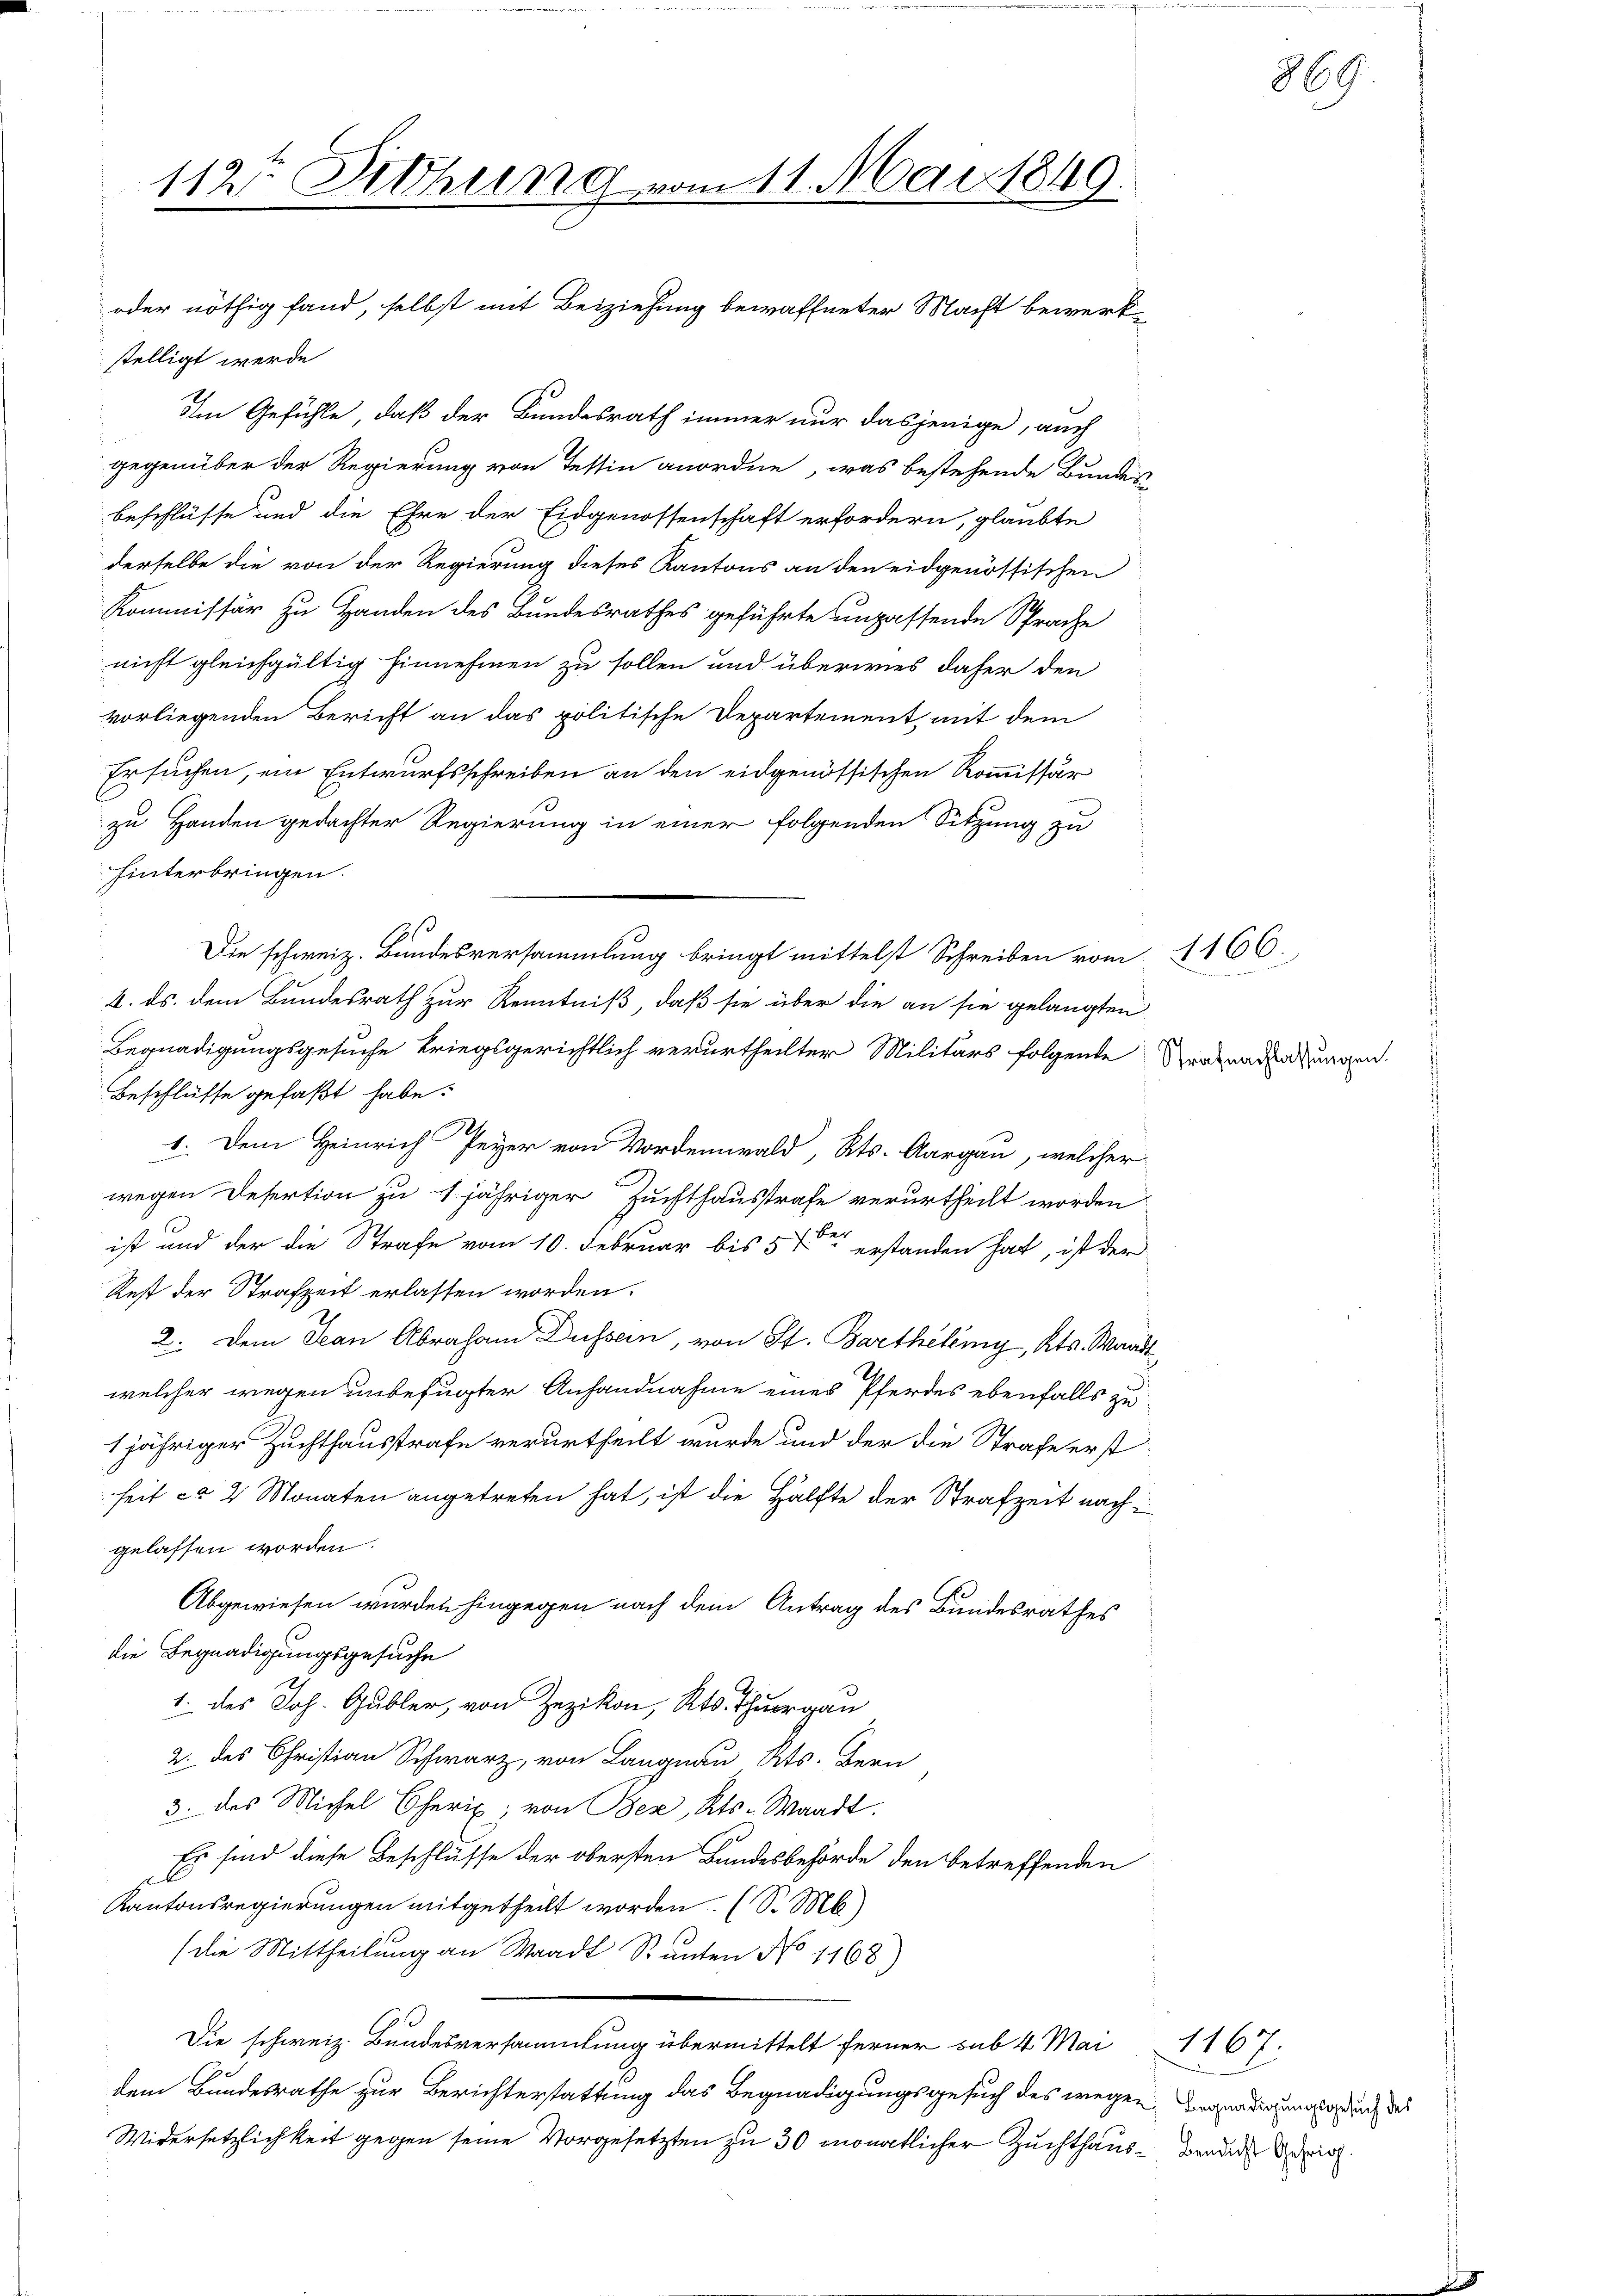
112. Sitzung vom 11. Mai 1849.
oder nöthig fand, selbst mit Beiziehung bewaffneter Macht bewerk-

stelligt werde
Im Gefühle, daß der Bundesrath immer nur dasjenige, auch
gegenüber der Regierung von Tessin anordne, was bestehende Bundes
beschlüsse und die Ehre der Eidgenossenschaft erfordern, glaubte
derselbe die von der Regierung dieses Kantons an den eidgenössischen
Kommissär zu Handen des Bundesrathes geführte unpassende Sprache
nicht gleichgültig hinnehmen zu sollen und überwies daher den
vorliegenden Bericht an das politische Departement, mit dem
Ersuchen, ein Entwurfsschreiben an den eidgenössischen Kommissär
zu Handen gedachter Regierung in einer folgenden Sitzung zu
hinterbringen.
4. ds. dem Bundesrath zur Kenntniß, daß sie über die an sie gelangten
Begnadigungsgesuche Kriegsgerichtlich verurtheilter Militärs folgende
Beschlüsse gefaßt habe.
1. Dem Heinrich Peyer von Vordemwald, Kts. Aargau, welcher
wegen Desertion zu 1 jähriger Zuchthausstrafe verurtheilt worden
ist und der die Strafe vom 10. Februar bis 5 ten erstanden hat, ist der
Rest der Strafzeit erlassen worden.
2. Dem San Abraham Düssern, von St. Barthelny, Kts. Waadt
welcher wegen unbefugter Anhandnahme eines Pferdes ebenfalls zu
1jähriger Zuchthausstrafe verurtheilt wurde und der die Strafe erst
heit ca 2 Monaten angetreten hat, ist die Hälfte der Strafzeit nach
gelassen worden.
Abgewiesen wurden hingegen nach dem Antrag des Bundesrathes
die Begnadigungsgesuche
1. des Joh. Gubler, von Zezikon, Kts. Thurgau
2. des Christian Schwarz, von Langnau Kts. Bern
3. des Michel Cherix; von Bez, Kts. Waadt.
Es sind diese Beschlüsse der obersten Bundesbehörde den betreffenden
Kantonsregierungen mitgetheilt worden. (S. M.)
(die Mittheilung an Waadt Santen No 1168)
Die schweiz. Bundesversammlung übermittelt ferner sub 4 Mai 1167.
(be
dem Bundesrathe zur Berichterstattung das Begnadigungsgesuch des wegen Begnadigungen durch des
Widersetzlichkeit gegen seine Vorgesetzten zu 30 monatlicher Zuchthaus den die Bezir

Die schweiz. Bundesversammlung bringt mittelst Schreiben vom 1166.

Strafnachlassungen.

869.